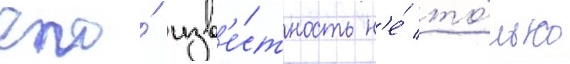
его́ изв'е́стность н'е́ то́лько